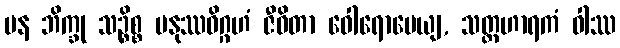
ပန ဘိက္ခု သဉ္စိစ္စ မနုဿဝိဂ္ဂဟံ ဇီဝိတာ ဝေါရောပေယျ, သတ္ထဟာရကံ ဝါဿ